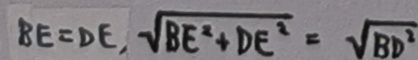
B E = D E , \sqrt { B E ^ { 2 } + D E ^ { 2 } } = \sqrt { B D ^ { 2 } }